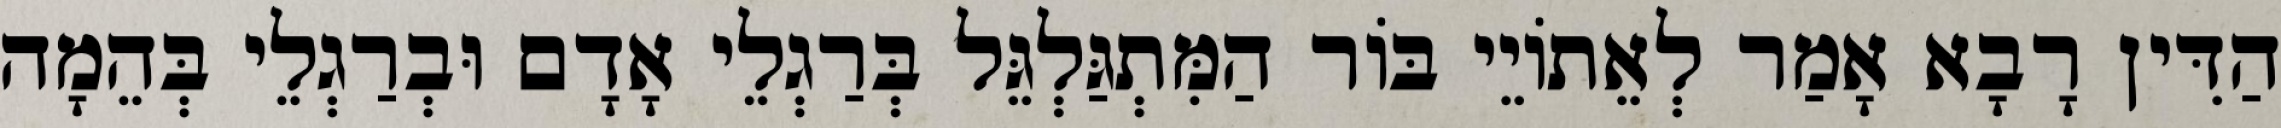
הַדִּין רָבָא אָמַר לְאֵתוֹיֵי בּוֹר הַמִּתְגַּלְגֵּל בְּרַגְלֵי אָדָם וּבְרַגְלֵי בְּהֵמָה